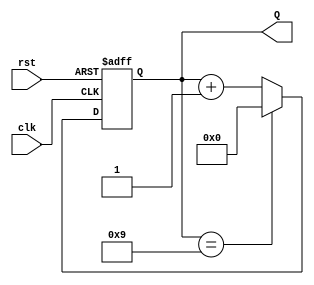
module decade_counter (
    input wire clk,      // Clock signal
    input wire rst,      // Asynchronous reset signal
    output reg [3:0] Q   // 4-bit output representing the current count value
);

// Always block triggered on the rising edge of the clock or when reset is activated
always @(posedge clk or posedge rst) begin
    if (rst) begin
        Q <= 4'b0000;  // Reset the counter to 0
    end else begin
        if (Q == 4'b1001) begin
            Q <= 4'b0000;  // Reset to 0 when count reaches 10 (1010)
        end else begin
            Q <= Q + 1;    // Increment the counter
        end
    end
end

endmodule